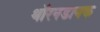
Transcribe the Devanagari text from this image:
थॉरनडायक